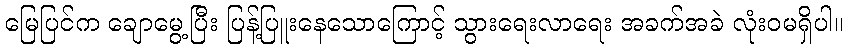
မြေပြင်က ချောမွေ့ပြီး ပြန့်ပြူးနေသောကြောင့် သွားရေးလာရေး အခက်အခဲ လုံးဝမရှိပါ။